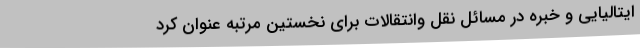
ایتالیایی و خبره در مسائل نقل وانتقالات برای نخستین مرتبه عنوان کرد